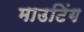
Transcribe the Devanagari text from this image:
माउटिंग